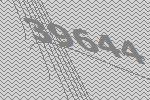
39644